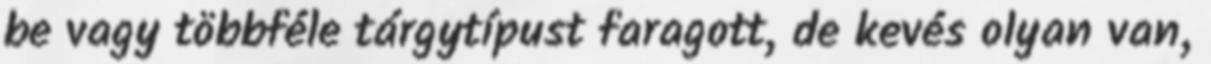
be vagy többféle tárgytípust faragott, de kevés olyan van,